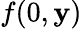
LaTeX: f(0,\mathbf{y})